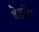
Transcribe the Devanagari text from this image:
डेट्रॉय